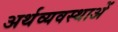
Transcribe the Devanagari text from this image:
अर्थव्यवस्थाअें